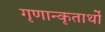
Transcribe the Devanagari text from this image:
गृणान्कृतार्थो